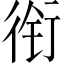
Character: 衔